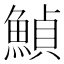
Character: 𩹰